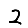
Digit: 2